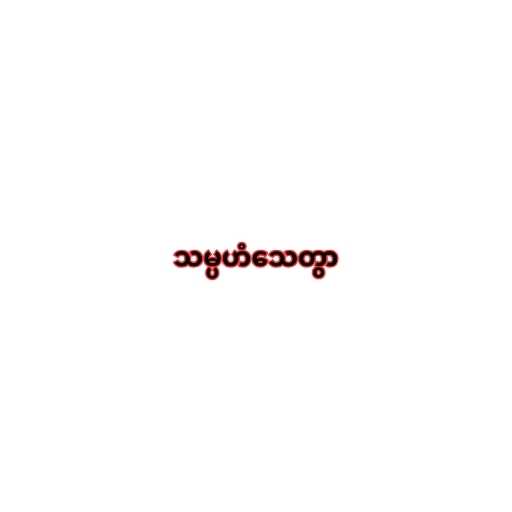
သမ္ပဟံသေတွာ